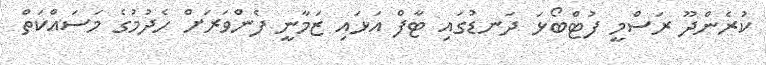
ކުރެންދޫ ރަސްމީ ފުޓްބޯޅަ ދަނޑުގައި ޓާފް އަޅައި ޒަމާނީ ފެންވަރަށް ހެދުމުގެ މަސައްކަތް